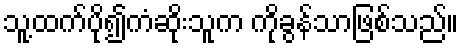
သူ့ထက်ပို၍ကံဆိုးသူက ကိုခွန်သာဖြစ်သည်။